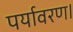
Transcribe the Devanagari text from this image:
पर्यावरण।